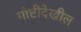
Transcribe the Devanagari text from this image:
गोष्टीदेखील